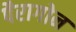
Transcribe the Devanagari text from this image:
पैरागोन